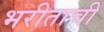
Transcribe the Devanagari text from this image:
भरीताची